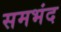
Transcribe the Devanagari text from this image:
समभंद